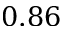
0 . 8 6